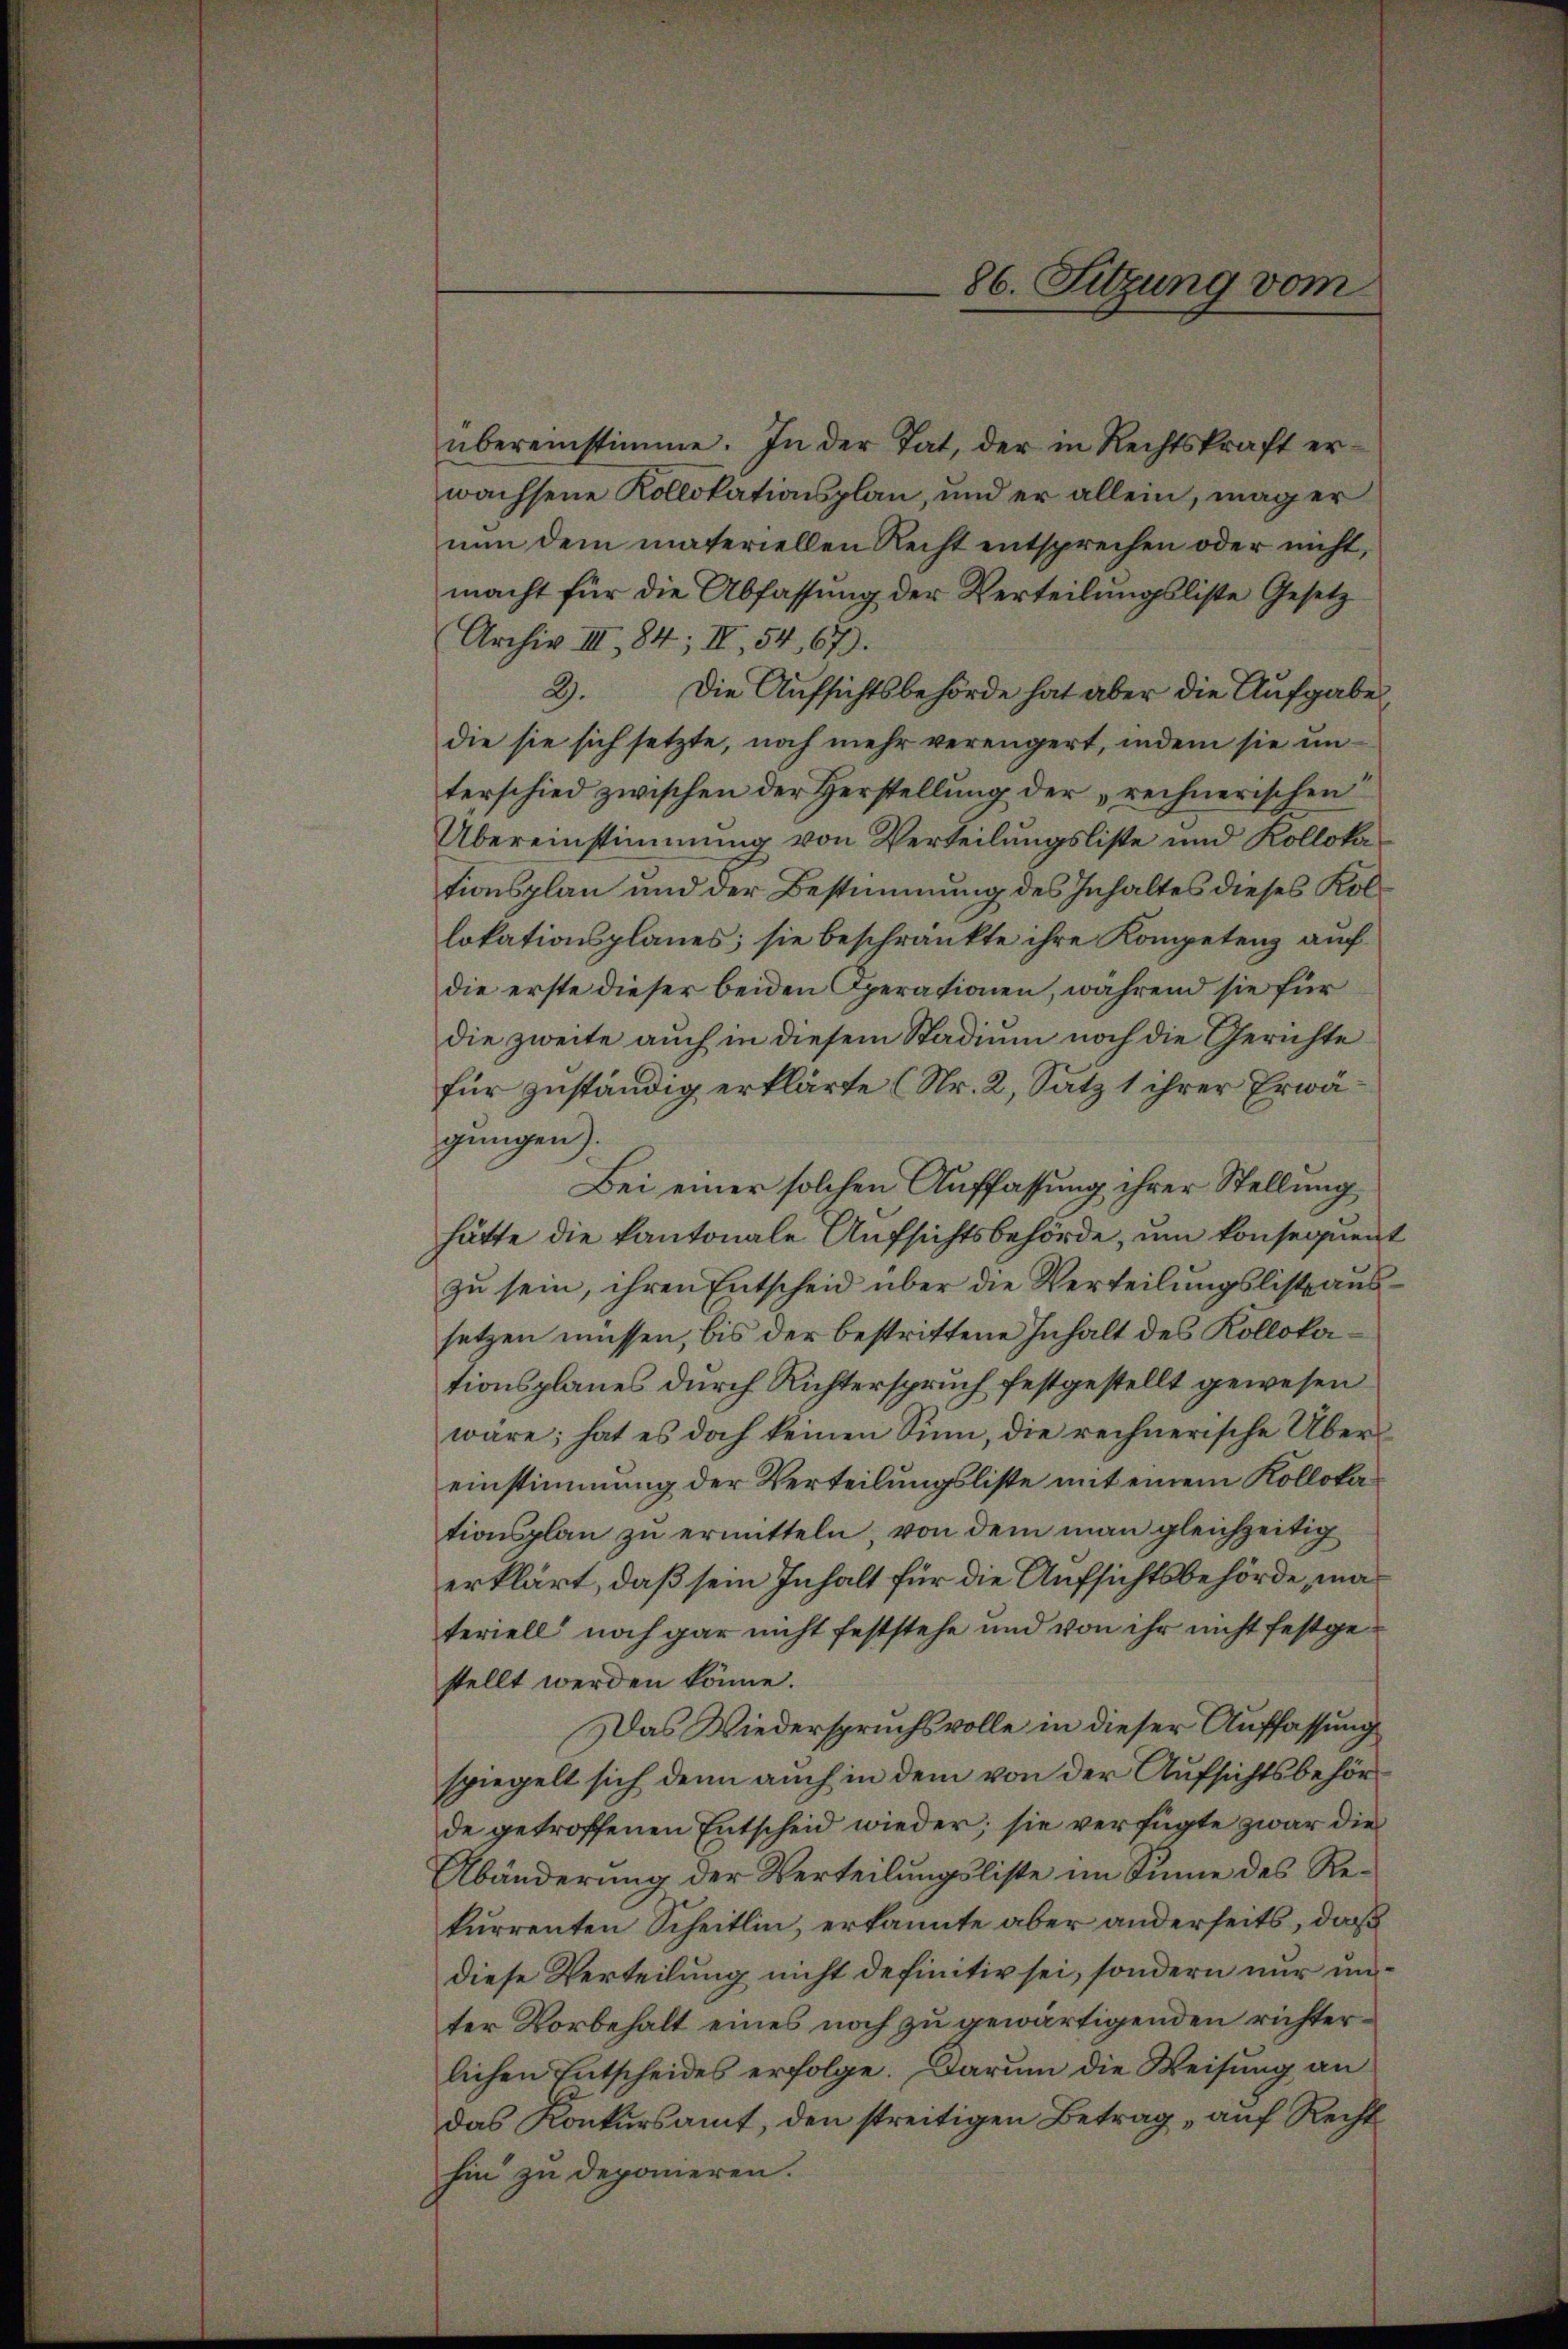
übereinstimme. In der Tat, der in Rechtskraft erwachsene Kollokationsplan, und er allein, mag er
nun dem materiellen Recht entsprechen oder nicht,
macht für die Abfassung der Verteilungsliste Gesetz
Archiv III 84; III, 54, 67).
2.
Die Aufsichtsbehörde hat aber die Aufgabe
die sie sich setzte, noch mehr verengert, indem sie unterschied zwischen der Herstellung der „rechnerischen
Übereinstimmung von Verteilungsliste und Kollokationsplan und der Bestimmung des Inhaltes dieses Kollokationsplanes; sie beschränkte ihre Kompetenz auf
die erste dieser beiden Operationen, während sie für
die zweite auch in diesem Stadium noch die Gerichte
für zuständig erklärte (Nr. 2, Satz 1 ihrer Erwägungen).
Bei einer solchen Auffassung ihrer Stellung
hätte die kantonale Aufsichtsbehörde, um konsequent
zu sein, ihren Entscheid über die Verteilungslist aussetzen müssen, bis der bestrittene Inhalt des Kollokationsplanes durch Richterspruch festgestellt gewesen
wäre; hat es doch keinen Sinn, die rechnerische Übereinstimmung der Verteilungsliste mit einem Kollokationsplan zu ermitteln, von dem man gleichzeitig
erklärt, daß sein Inhalt für die Aufsichtsbehörde, materiell noch gar nicht feststehe und von ihr nicht festgestellt werden könne.
Das Wiederspruchsvolle in dieser Auffassung
spiegelt sich denn auch in dem von der Aufsichtsbehörde getroffenen Entscheid wieder; sie verfügte zwar die
Abänderung der Verteilungsliste im Sinne des Rekurrenten Scheitlin, erkannte aber anderseits, daß
diese Verteilung nicht definitiv sei, sondern nur unter Vorbehalt eines noch zu gewärtigenden richterlichen Entscheides erfolge. Darum die Weisung an
das Konkursamt, den streitigen Betrag auf Recht
hin zu deponieren.

86. Sitzung vom